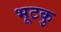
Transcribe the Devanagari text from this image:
भूटकु